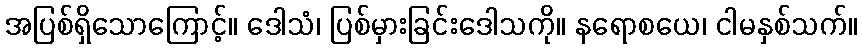
အပြစ်ရှိသောကြောင့်။ ဒေါသံ၊ ပြစ်မှားခြင်းဒေါသကို။ နရောစယေ၊ ငါမနှစ်သက်။